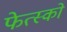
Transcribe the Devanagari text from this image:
फेत्स्को